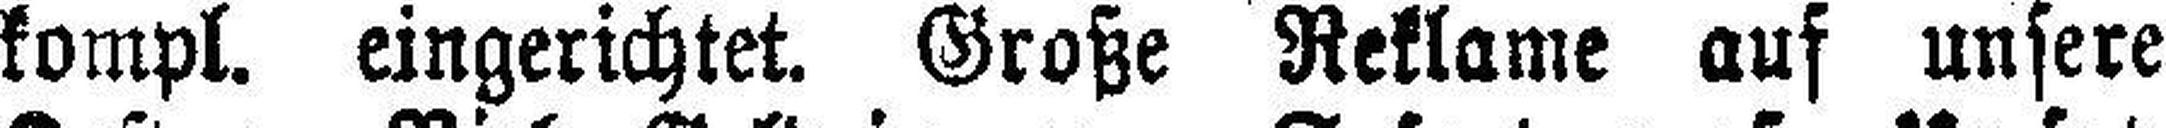
kompl. eingerichtet. Große Reklame auf unsere